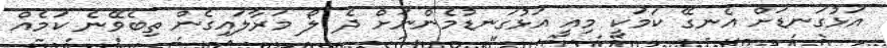
އަޅުގަނޑަށް އެނގޭ ކަމަކީ މިއީ އަޅުގަނޑުމެންނަށް ދެ ލޯ މަރާލައިގެން ތިބެވޭނެ ކަމެއް